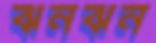
ঝনঝন